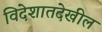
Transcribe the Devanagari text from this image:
विदेशातदेखील